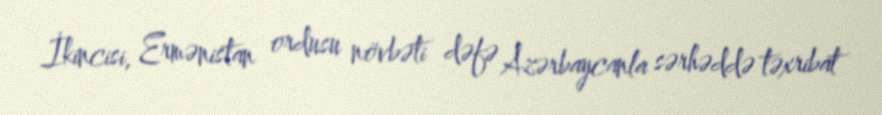
İkincisi, Ermənistan ordusu növbəti dəfə Azərbaycanla sərhəddə təxribat